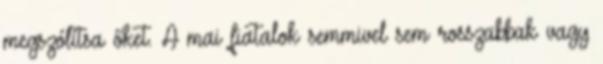
megszólítsa őket. A mai fiatalok semmivel sem rosszabbak vagy